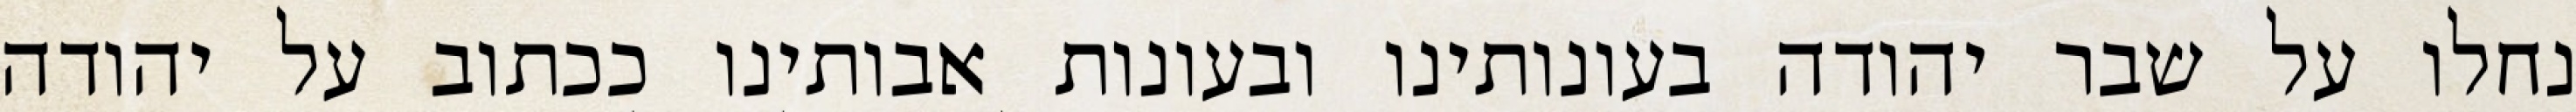
נחלו על שבר יהודה בעונותינו ובעונות אבותינו ככתוב על יהודה